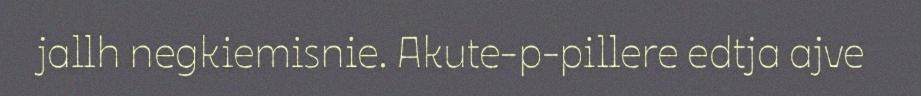
jallh negkiemisnie. Akute-p-pillere edtja ajve